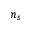
n _ { s }